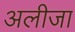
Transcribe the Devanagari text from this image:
अलीजा